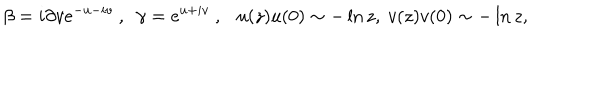
LaTeX: \beta = i \partial v e ^ { - u - i v } ~ , ~ ~ \gamma = e ^ { u + i v } ~ , u ( z ) u ( 0 ) \sim - \ln z , ~ v ( z ) v ( 0 ) \sim - \ln z ,